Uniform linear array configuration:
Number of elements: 48
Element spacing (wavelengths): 1
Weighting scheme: binomial
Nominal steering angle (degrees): -15
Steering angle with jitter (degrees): -13.004
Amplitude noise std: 0.05
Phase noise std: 0.05

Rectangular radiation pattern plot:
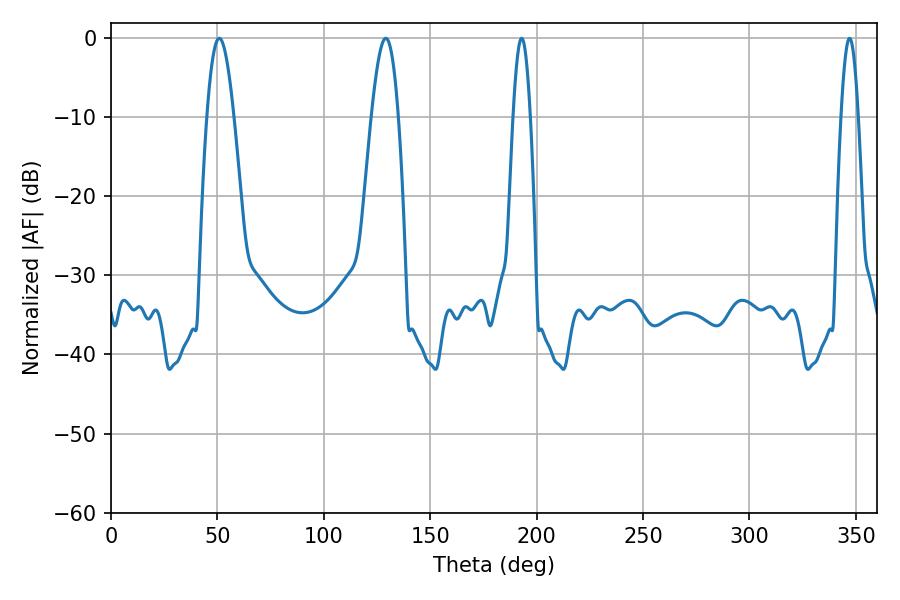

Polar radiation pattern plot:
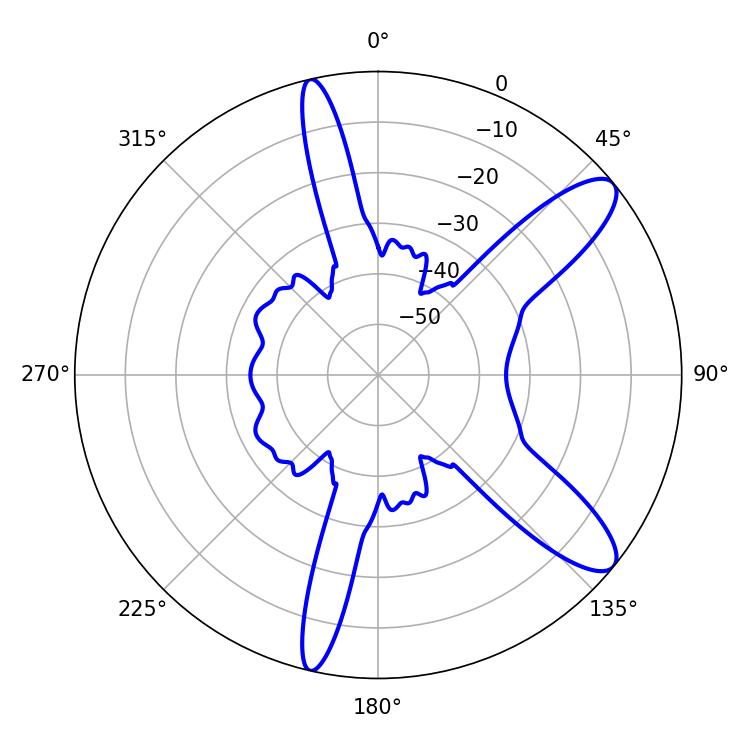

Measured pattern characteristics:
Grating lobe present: TRUE
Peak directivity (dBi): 10.816
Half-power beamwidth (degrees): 4.32
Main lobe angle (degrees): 192.96